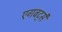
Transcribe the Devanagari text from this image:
एगबर्ट्स